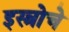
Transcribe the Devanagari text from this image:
इस्त्रोचे